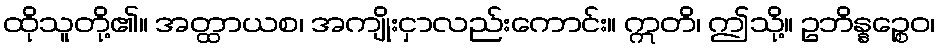
ထိုသူတို့၏။ အတ္ထာယစ၊ အကျိုးငှာလည်းကောင်း။ ဣတိ၊ ဤသို့။ ဥဘိန္နဉ္စေဝ၊